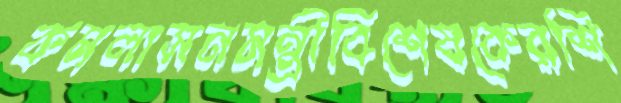
কমলাসনমন্ত্রীবিশেষকেরশি